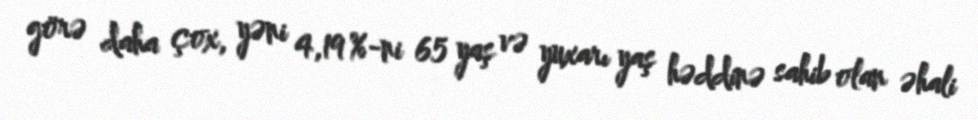
görə daha çox, yəni 4,19 %-ni 65 yaş və yuxarı yaş həddinə sahib olan əhali